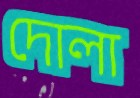
দোলা